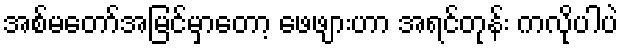
အစ်မတော်အမြင်မှာတော့ ဖေဖျားဟာ အရင်တုန်း ကလိုပါပဲ